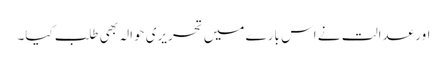
اور عدالت نے اس بارے میں تحریری حوالہ بھی طلب کیا۔